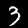
Label: 3